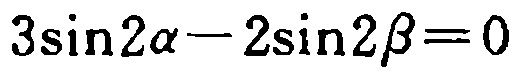
\(3\sin2\alpha - 2\sin2\beta = 0\)